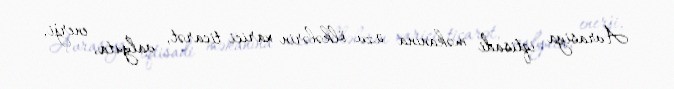
Avrasiya iqtisadi məkanına üzv ölkələrin xarici ticarət, valyuta, enerji,